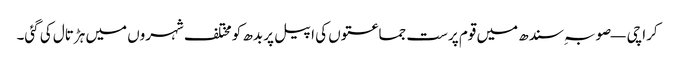
کراچی — صوبہ ِسندھ میں قوم پرست جماعتوں کی اپیل پر بدھ کو مختلف شہروں میں ہڑتال کی گئی۔